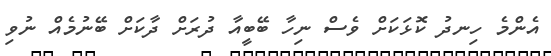
އެންމެ ހިނދު ކޮޅަކަށް ވެސް ނިހާ ބޭބީއާ ދުރަށް ދާކަށް ބޭނުމެއް ނުވި